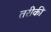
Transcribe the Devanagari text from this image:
तरीकी